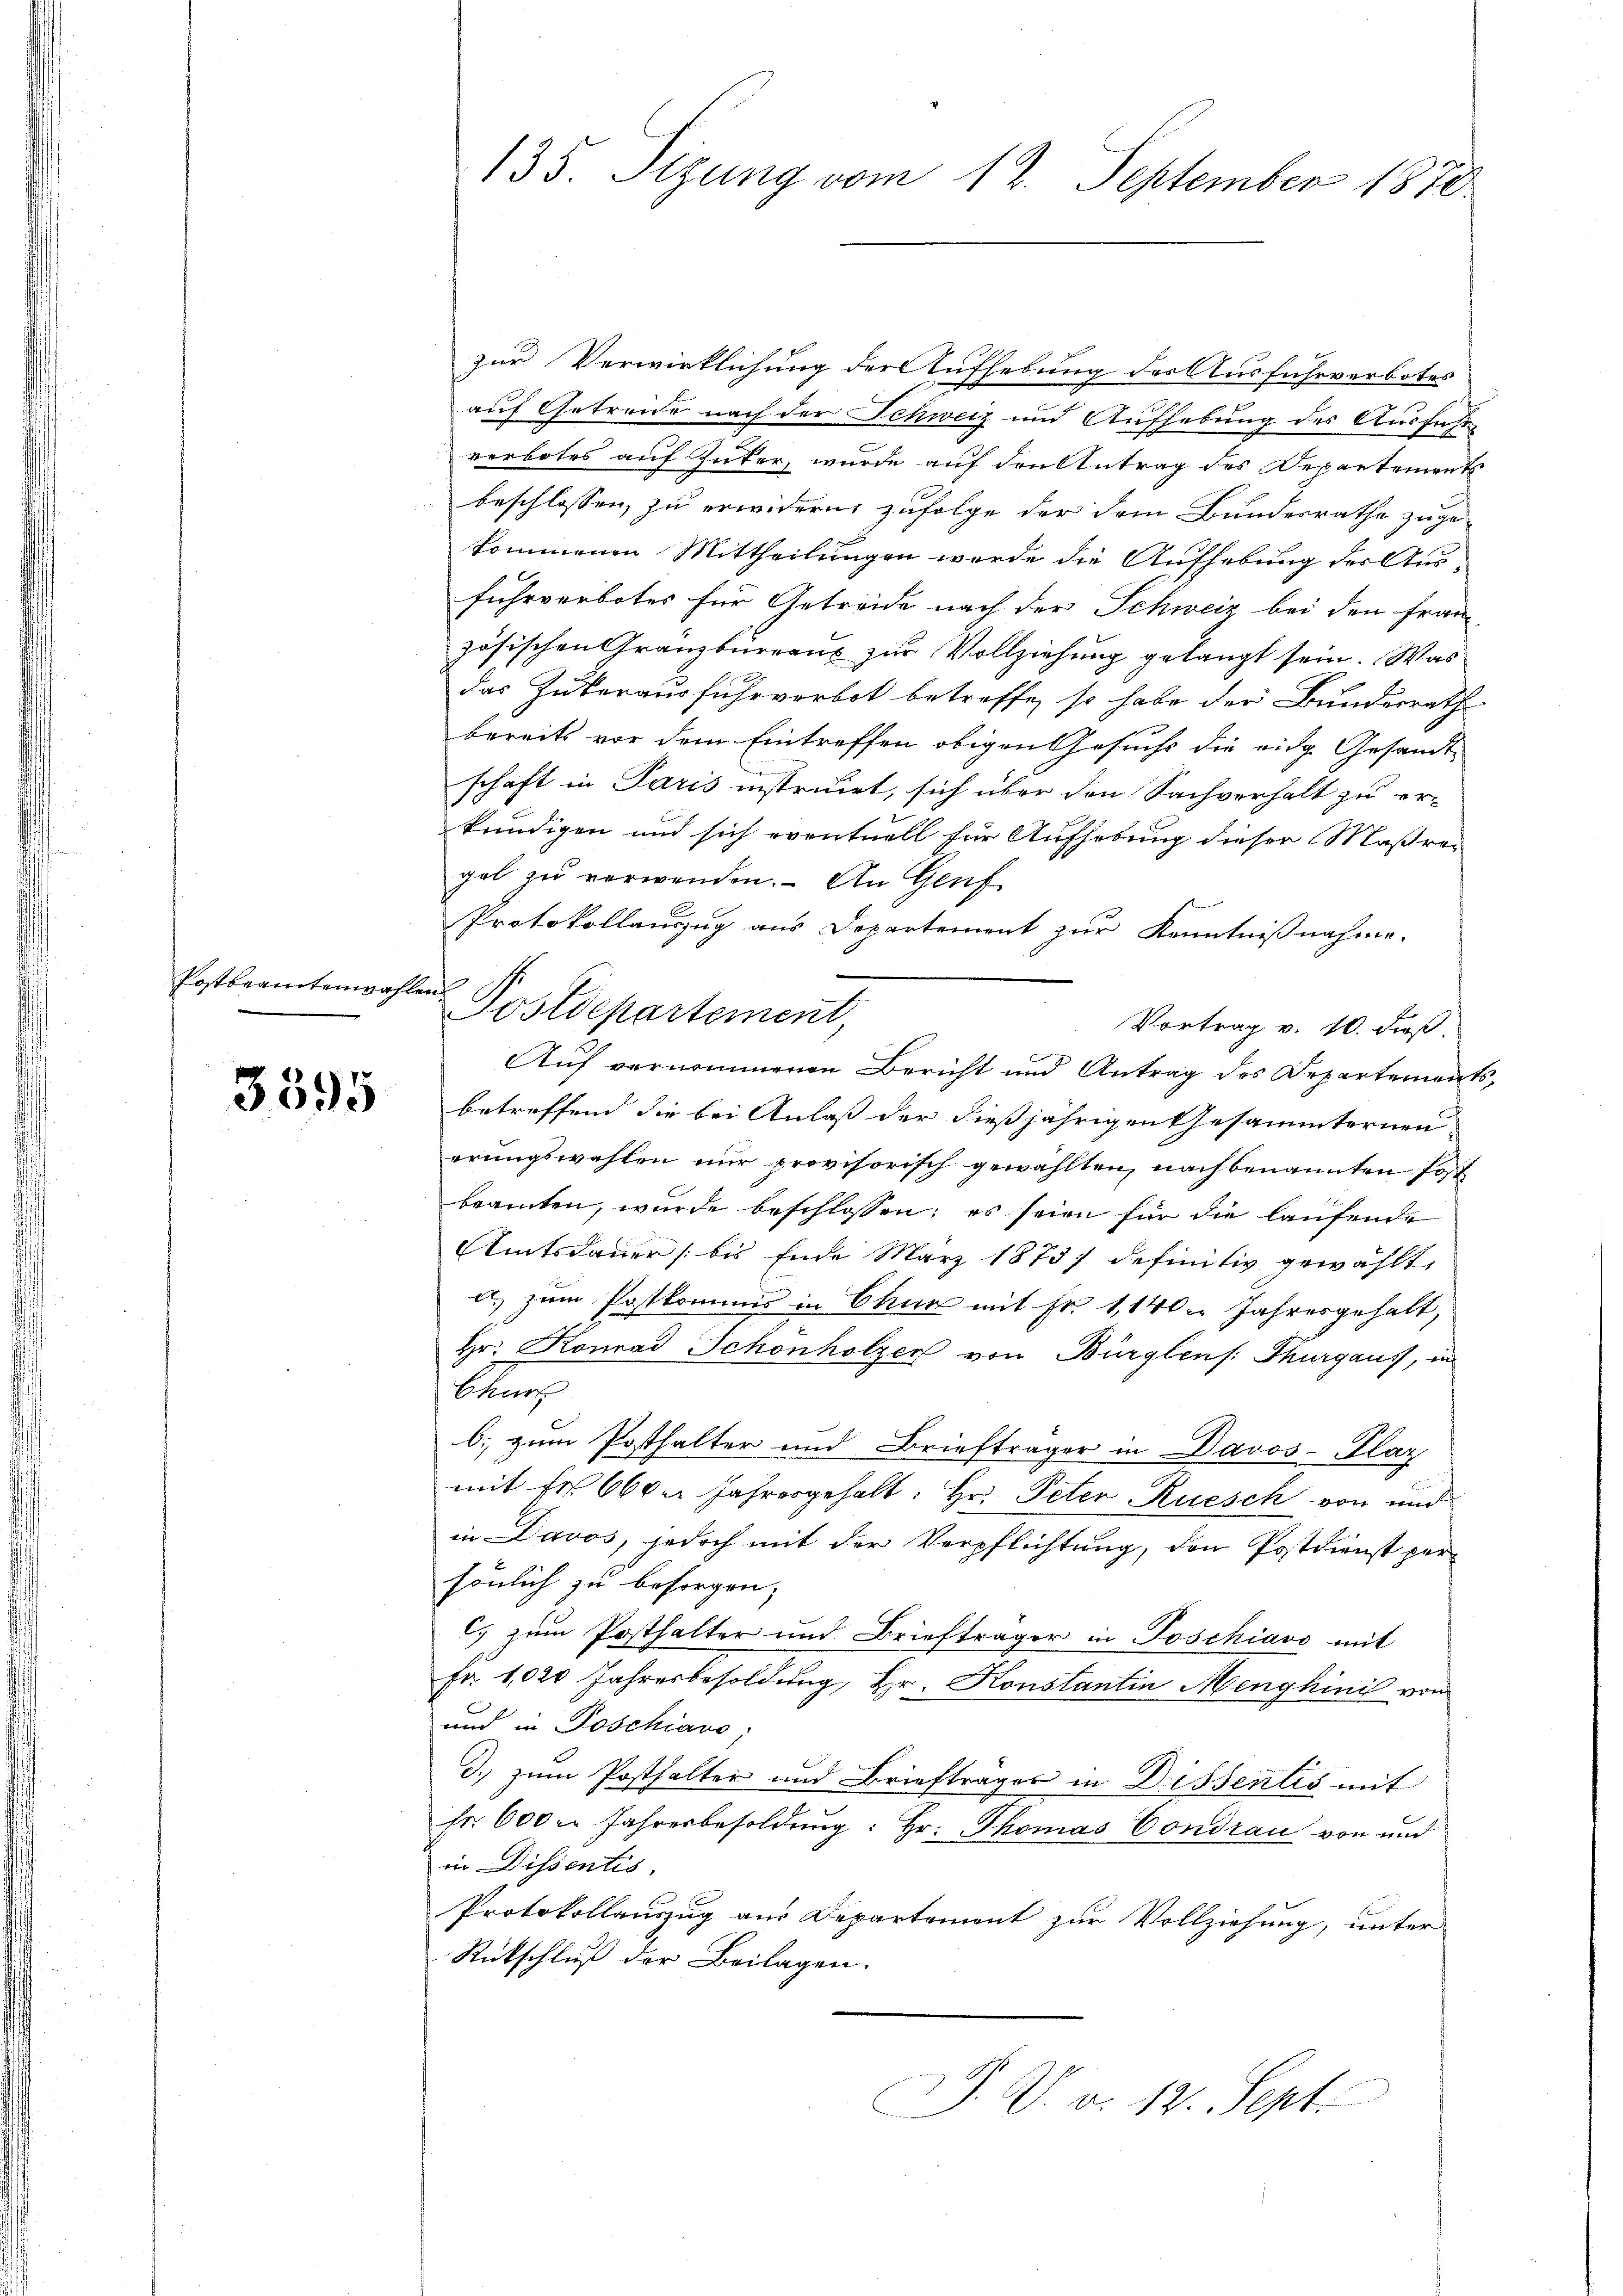
Postbeamtenwahlen

3395

zur Verwirklichung der Aufhebung des Ausfahrverbotes
auf Getreue nach der Schweiz und Aufhebung des Ausführ
verbotes auf Zuker, wurde auf den Antrag des Departements
beschlossen, zu erwidern zufolge der dem Bundesrathe zuge-
kommenen Mittheilungen werde die Aufhebung der Aus-
fuhrverbotes für Getreide nach der Schweiz bei den Franz
zösischen Granzbüreaus zur Vollziehung gelangt sein. Was
das Zukorausfuhrverbot betreffe, so habe der Bundesrath
bereits vor dem Eintreffen obigen Gesuchs die eidg. Gesandt-
schaft in Paris instruirt, sich über den Sachverhalt zu er-
kundigen und sich eventuell für Aufhebung dieser Maßregel zŭ verwenden. - An Genf
Protokollauszug aus Departement zur Kenntnißnahme.
2
Postdepartement,
Vortrag v. 10. dieß
e
Auf vernommenen Bericht und Antrag des Departement
betreffend die bei Anlaß der dießjährigen Gesammterneuerungswahlen nur provisorisch gewählten, nachbenannten Post
beamten, wurde beschlossen; es seien für die laufende
Amtsdauer /: bis Ende März 1873 definitiv gewählt,
d.) zum Postkommis in Chur mit Fr. 1,140. Jahresgehalt,
Hr. Konrad Schönholzer von Bürglens. Thurgaus, in
Lang
b. zum Posthalter und Briefträger in Davos- Plag
mit fr. 660. Jahresgehalt: Hr. Peter Rüesch von und
in Davos, jedoch mit der Verpflichtung, den Postdienst per
sönlich zu besorgen,
C. zum Posthalter und Briefträger in Poschiavo mit
Fr. 1020 Jahresbesoldung, Hr. Konstantin Menghinis vom
und in Poschiavo
d.) zum Posthalter und Briefträger in Dissentis mit
fr. 600 u. Jahresbesoldung: Hr. Thomas Condran von und
in Dissentés,
Protokollauszug aus Departement zur Vollziehung, unter
Rückschluß der Beilagen.
J. V. d. 12. Sept.

135. Sizung vom 12. September 1870